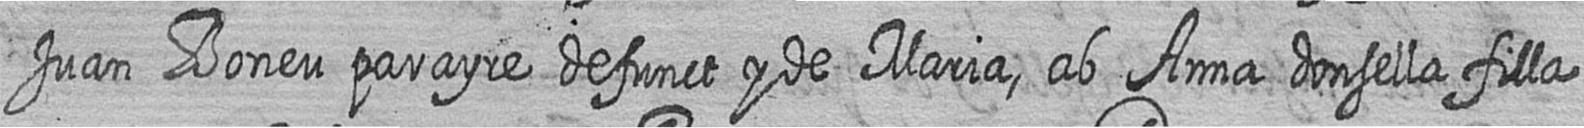
Juan Boneu parayre defunct y de Maria ab Anna donsella filla